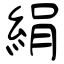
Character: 絹